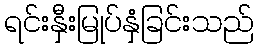
ရင်းနှီးမြုပ်နှံခြင်းသည်